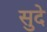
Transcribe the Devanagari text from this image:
सुदे